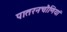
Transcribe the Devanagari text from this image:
पातरनचौणियां